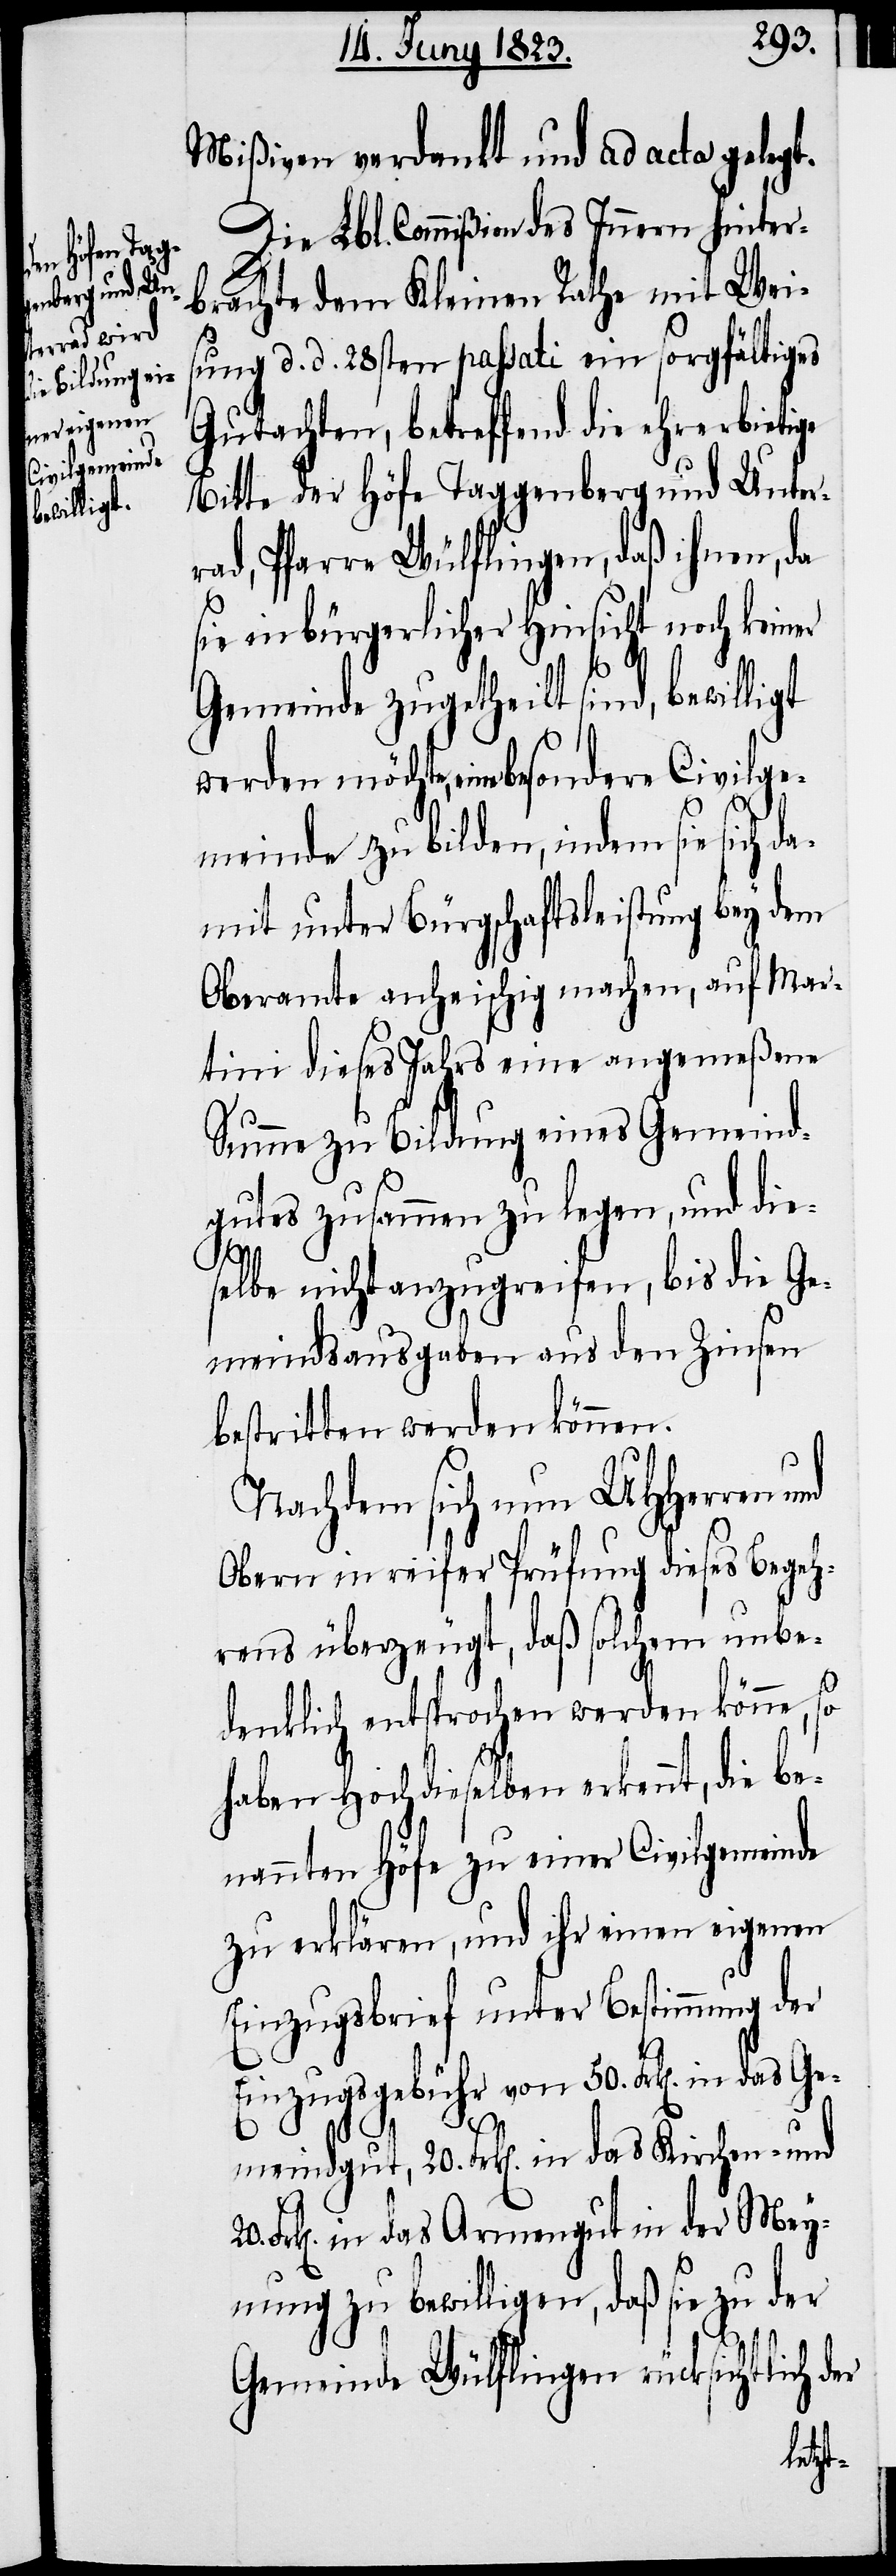
rchen- und 20.

Mißiven verdankt und ad acta gelegt.
Die Lbl. Commißion des Innern hinter¬
brachte dem Kleinen Rathe mit Wei¬
sung d. d. 28sten passati ein sorgfältiges
Gutachten, betreffend die ehrerbie¬
Bitte der Höfe Taggenberg und Unter¬
rad, Pfarre Wülflingen, daß ihnen, da
sie in bürgerlicher Hinsicht noch keiner
Gemeinde zugetheilt sind, bewil¬
werden möchte, eine besondere
meinde zu bilden, indem sie sich d¬
amit unter Bürgschaftsleistung bey dem
Oberamte anheischig machen, auf Mar¬
tini dieses Jahrs eine angemeßene
Summe zu Bildung eines Gemeind¬
gutes zusammen zu legen, und die¬
das Ki¬
selbe nicht anzugreifen, bis die Ge¬
meindsausgaben aus den Zinsen
bestritten werden können.
Nachdem sich nun UHHerren
Obern in reifer Prüfung dieses Begeh¬
rens überzeugt, daß solchem unbe¬
denklich entsprochen werden könne, so
haben Hochdieselben erkennt, die be¬
nannten Höfe zu einer Civilgemeinde
zu erklären, und ihr einen eigenen
Einzugsbrief unter Bestimmung der
Einzugsgebühr von 50. Frk[en]. in das
Frk[en]. in das Armengut in der Mey¬
nung zu bewilligen, daß sie zu der
Gemeinde Wülflingen rücksichtlich der